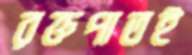
রক্তপাতই